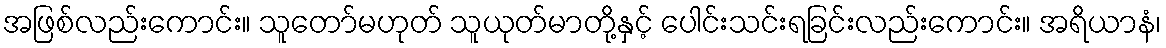
အဖြစ်လည်းကောင်း။ သူတော်မဟုတ် သူယုတ်မာတို့နှင့် ပေါင်းသင်းရခြင်းလည်းကောင်း။ အရိယာနံ၊